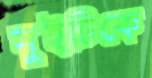
সুইটিকে